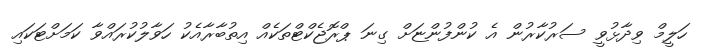
ހަލީމް ވިދާޅުވީ ސަރުކާރުން އެ ކުންފުންޏަށް ގިނަ ޕްރޮޖެކްޓްތަކެއް އިތުބާރާއެކު ހަވާލުކުރައްވާ ކަމަށްޓަކައި